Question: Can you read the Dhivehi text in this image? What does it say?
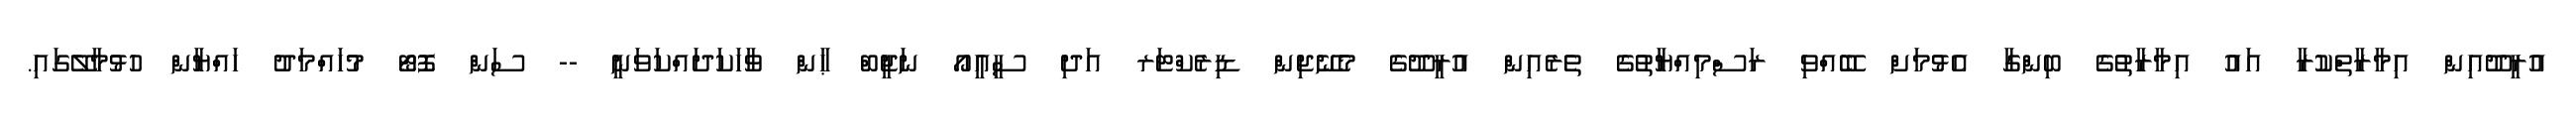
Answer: އުރީދޫއިން އިމާރާތްކުރާ އައު އިމާރާތުގެ ބިންގާ އެޅުމަށް ބޭއްވި ރަސްމިއްޔާތުގެ ތެރެއިން އުރީދޫގެ މެނޭޖިން ޑިރެކްޓަރ އަދި ސީއީއޯ ނަޖީބް ޙާން ވާހަކަދައްކަވަނީ -- ސަން ފޮޓޯ މުހައްމަދު ހައްޔާން ހުޅުމާލޭގައި.